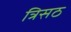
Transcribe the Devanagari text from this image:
त्रिसठ